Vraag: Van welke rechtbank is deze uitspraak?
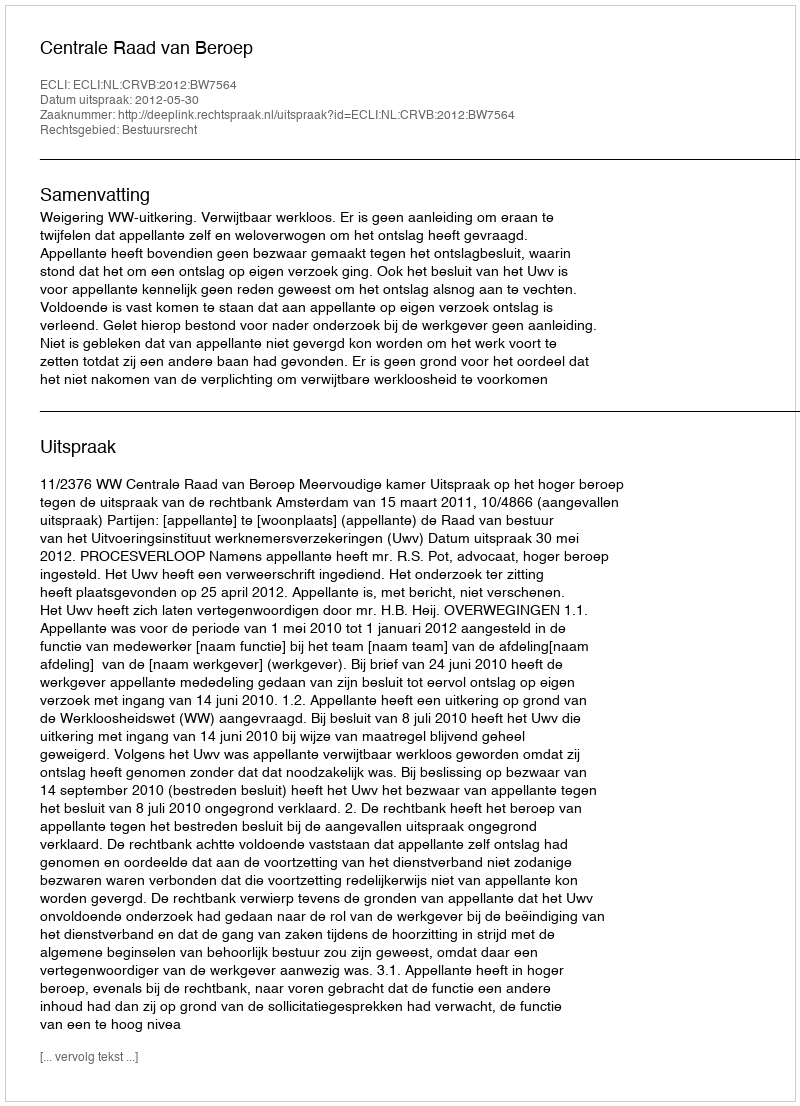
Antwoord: Centrale Raad van Beroep